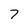
Character: 7